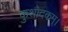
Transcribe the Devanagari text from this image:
कुशोदकम्।